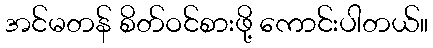
အင်မတန် စိတ်ဝင်စားဖို့ ကောင်းပါတယ်။